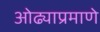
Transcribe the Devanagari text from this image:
ओढ्याप्रमाणे